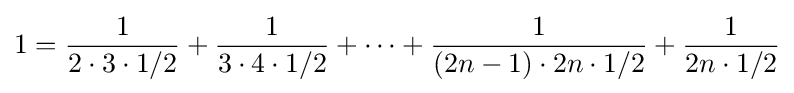
1={\frac {1}{2\cdot 3\cdot 1/2}}+{\frac {1}{3\cdot 4\cdot 1/2}}+\dots +{\frac {1}{(2n-1)\cdot 2n\cdot 1/2}}+{\frac {1}{2n\cdot 1/2}}